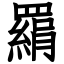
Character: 羂